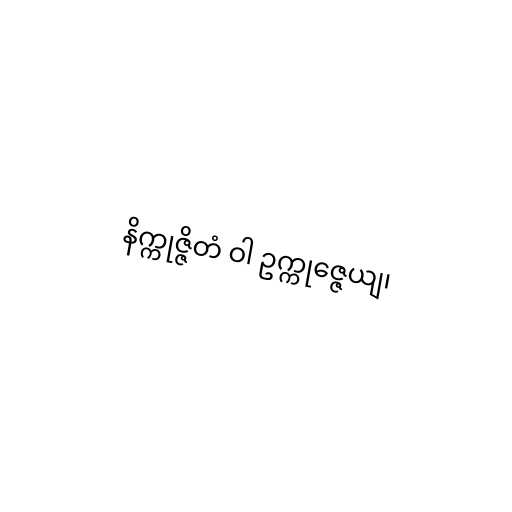
နိက္ကုဇ္ဇိတံ ဝါ ဥက္ကုဇ္ဇေယျ၊